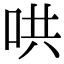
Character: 哄